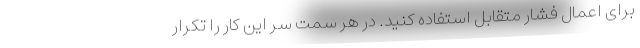
برای اعمال فشار متقابل استفاده کنید. در هر سمت سر این کار را تکرار